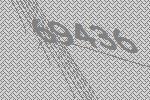
69436